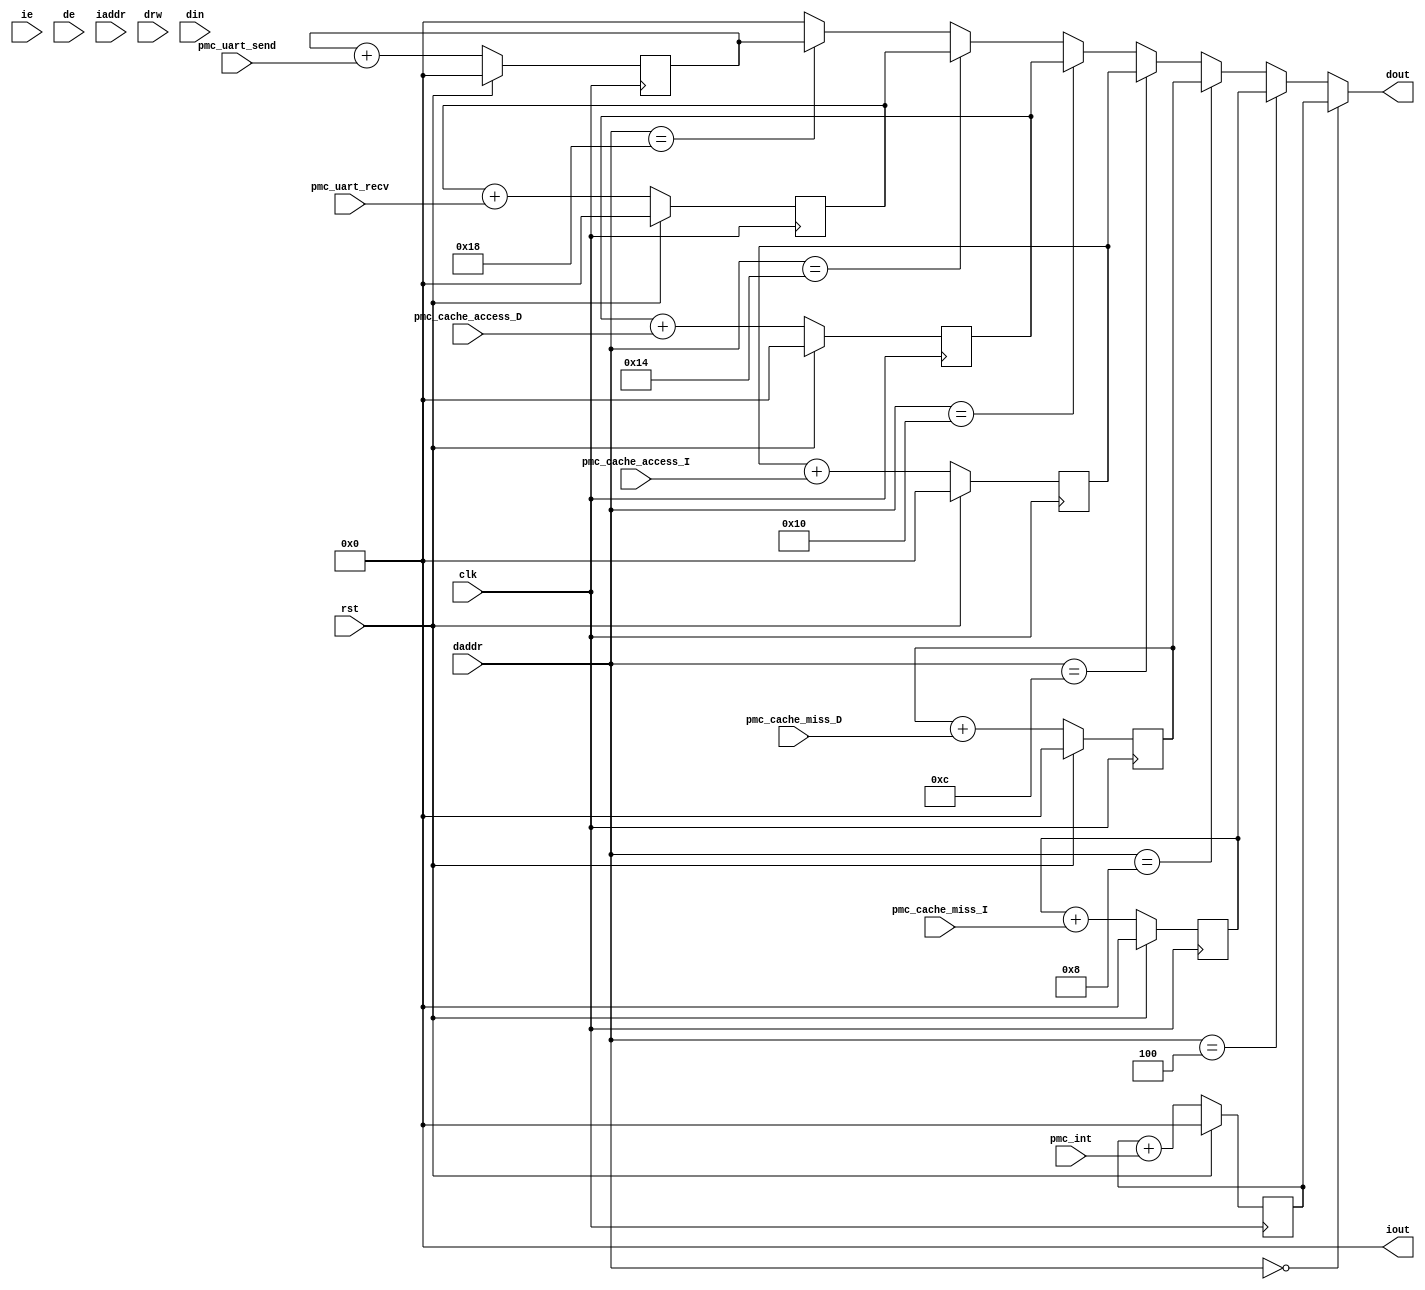
module mod_pmc(rst, clk, ie, de, iaddr, daddr, drw, din, iout, dout, pmc_int, pmc_cache_miss_I, pmc_cache_miss_D, pmc_cache_access_I, pmc_cache_access_D, pmc_uart_recv, pmc_uart_send);
        input rst;
        input clk;
        input ie,de;
        input [31:0] iaddr, daddr;
        input [1:0] drw;
        input [31:0] din;
        output [31:0] iout, dout;

	input pmc_int, pmc_cache_miss_I, pmc_cache_miss_D, pmc_cache_access_I, pmc_cache_access_D, pmc_uart_recv, pmc_uart_send;

	/* the counter events */
	reg [31:0] count_int;
	reg [31:0] count_cache_miss_I;
	reg [31:0] count_cache_miss_D;
	reg [31:0] count_cache_access_I;
	reg [31:0] count_cache_access_D;
	reg [31:0] count_uart_recv;
	reg [31:0] count_uart_send;

	assign iout = 0;
	assign dout = 
		daddr == 32'h00000000 ? count_int :
		daddr == 32'h00000004 ? count_cache_miss_I :
		daddr == 32'h00000008 ? count_cache_miss_D :
		daddr == 32'h0000000c ? count_cache_access_I : 
		daddr == 32'h00000010 ? count_cache_access_D :
		daddr == 32'h00000014 ? count_uart_recv : 
		daddr == 32'h00000018 ? count_uart_send : 0;

	/* all data bus activity is negative edge triggered */
	always @(negedge clk) begin
		if (rst) begin
			count_int <= 0;
			count_cache_miss_I <= 0;
			count_cache_miss_D <= 0;
			count_cache_access_I <= 0;
			count_cache_access_D <= 0;
			count_uart_recv <= 0;
			count_uart_send <= 0;
		end else begin
			count_int <= count_int + pmc_int;
			count_cache_miss_I <= count_cache_miss_I + pmc_cache_miss_I;
			count_cache_miss_D <= count_cache_miss_D + pmc_cache_miss_D;
			count_cache_access_I <= count_cache_access_I + pmc_cache_access_I;
			count_cache_access_D <= count_cache_access_D + pmc_cache_access_D;
			count_uart_recv <= count_uart_recv + pmc_uart_recv;
			count_uart_send <= count_uart_send + pmc_uart_send;
		end
	end
endmodule